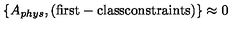
\{ A _ { p h y s } , \mathrm { ( f i r s t - c l a s s c o n s t r a i n t s ) } \} \approx 0